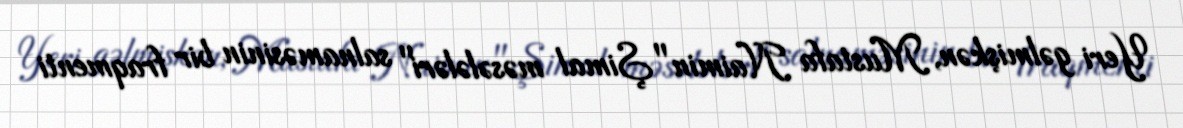
Yeri gəlmişkən, Mustafa Naimin "Şimal məsələləri" salnaməsinin bir fraqmenti